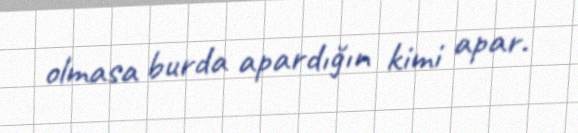
olmasa burda apardığın kimi apar.